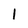
Character: 1